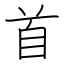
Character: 首